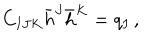
LaTeX: C _ { I J K } \bar { h } ^ { J } \bar { h } ^ { K } = q _ { I } \, ,